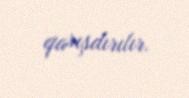
qarışdırılır.